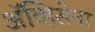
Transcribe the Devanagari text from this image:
ॲव्हिसेना